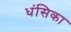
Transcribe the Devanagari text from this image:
धंसिका